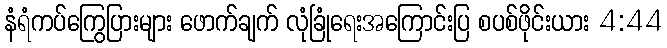
နံရံကပ်ကြွေပြားများ ဖောက်ချက် လုံခြုံရေးအကြောင်းပြ စပစ်ဖိုင်းယား 4:44